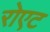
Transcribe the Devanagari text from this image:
रोएट